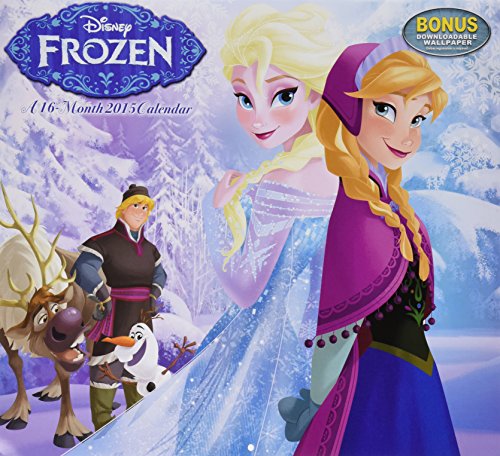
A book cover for Disney Frozen Wall Calendar (2015); Day Dream; Calendars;